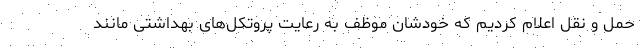
حمل و نقل اعلام کردیم که خودشان موظف به رعایت پروتکل‌های بهداشتی مانند